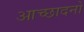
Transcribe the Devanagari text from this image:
आच्छादनों